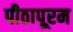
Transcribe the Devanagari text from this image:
पीठापूरम